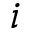
i